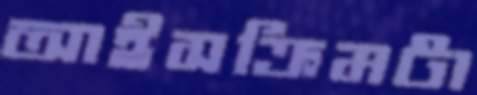
আইসক্রিমটা